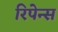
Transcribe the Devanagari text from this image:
रिपेन्स